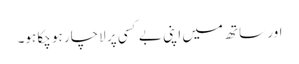
اور ساتھ میں اپنی بے کسی پر لاچار ہو چکا ہو۔